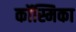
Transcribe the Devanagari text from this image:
कॉस्मिका